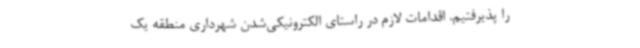
را پذیرفتیم. اقدامات لازم در راستای الکترونیکی‌شدن شهرداری منطقه یک